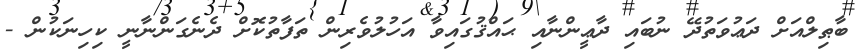
ބާޠިލްއަށް ދަޢުވަތުދޭ ނުބައި ދާޢީންނާއި ޙައްޤުގައިވާ އަހުލުވެރިން ތަފާތުކޮށް ދެނެގަންނާނީ ކިހިނަކުން -